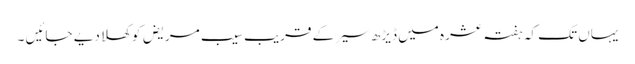
یہاں تک کہ ہفتہ عشرہ میں ڈیڑھ سیر کے قریب سیب مریض کو کھلا دیے جائیں ۔